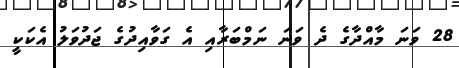
28 ވަނަ މާއްދާގެ ދެ ވަނަ ނަމްބަރާއި އެ ގަވާއިދުގެ ޖަދުވަލު އެކަކީ